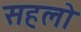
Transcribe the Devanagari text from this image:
सहलो